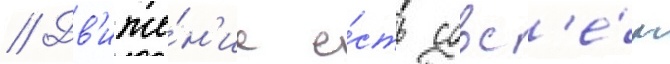
// Дв'иже́н'ие е́сть совс'е́м